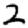
Digit: 2